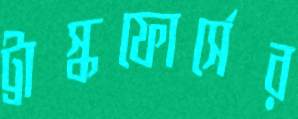
ট্রাস্কফোর্সের